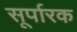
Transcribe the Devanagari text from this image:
सूर्पारक